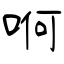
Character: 哬